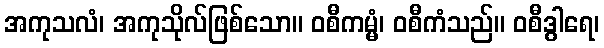
အကုသလံ၊ အကုသိုလ်ဖြစ်သော။ ဝစီကမ္မံ၊ ဝစီကံသည်။ ဝစီဒွါရေ၊